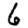
Digit: 6